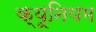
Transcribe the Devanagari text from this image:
क्यूनियम